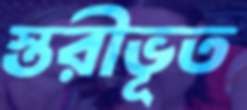
স্তরীভূত